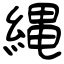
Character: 縄